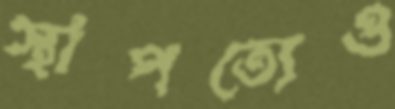
স্থাপত্যেও